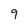
Character: 9